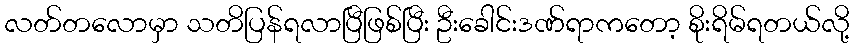
လတ်တလောမှာ သတိပြန်ရလာပြီဖြစ်ပြီး ဦးခေါင်းဒဏ်ရာကတော့ စိုးရိမ်ရတယ်လို့